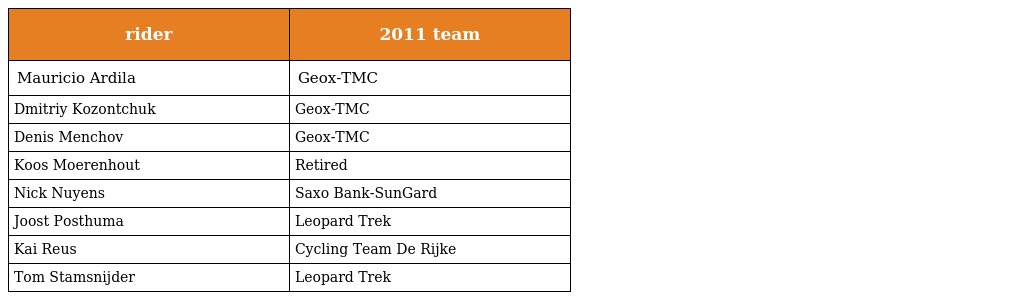
| rider | 2011 team |
 | --- | --- |
 | Mauricio Ardila | Geox-TMC |
 | Dmitriy Kozontchuk | Geox-TMC |
 | Denis Menchov | Geox-TMC |
 | Koos Moerenhout | Retired |
 | Nick Nuyens | Saxo Bank-SunGard |
 | Joost Posthuma | Leopard Trek |
 | Kai Reus | Cycling Team De Rijke |
 | Tom Stamsnijder | Leopard Trek |